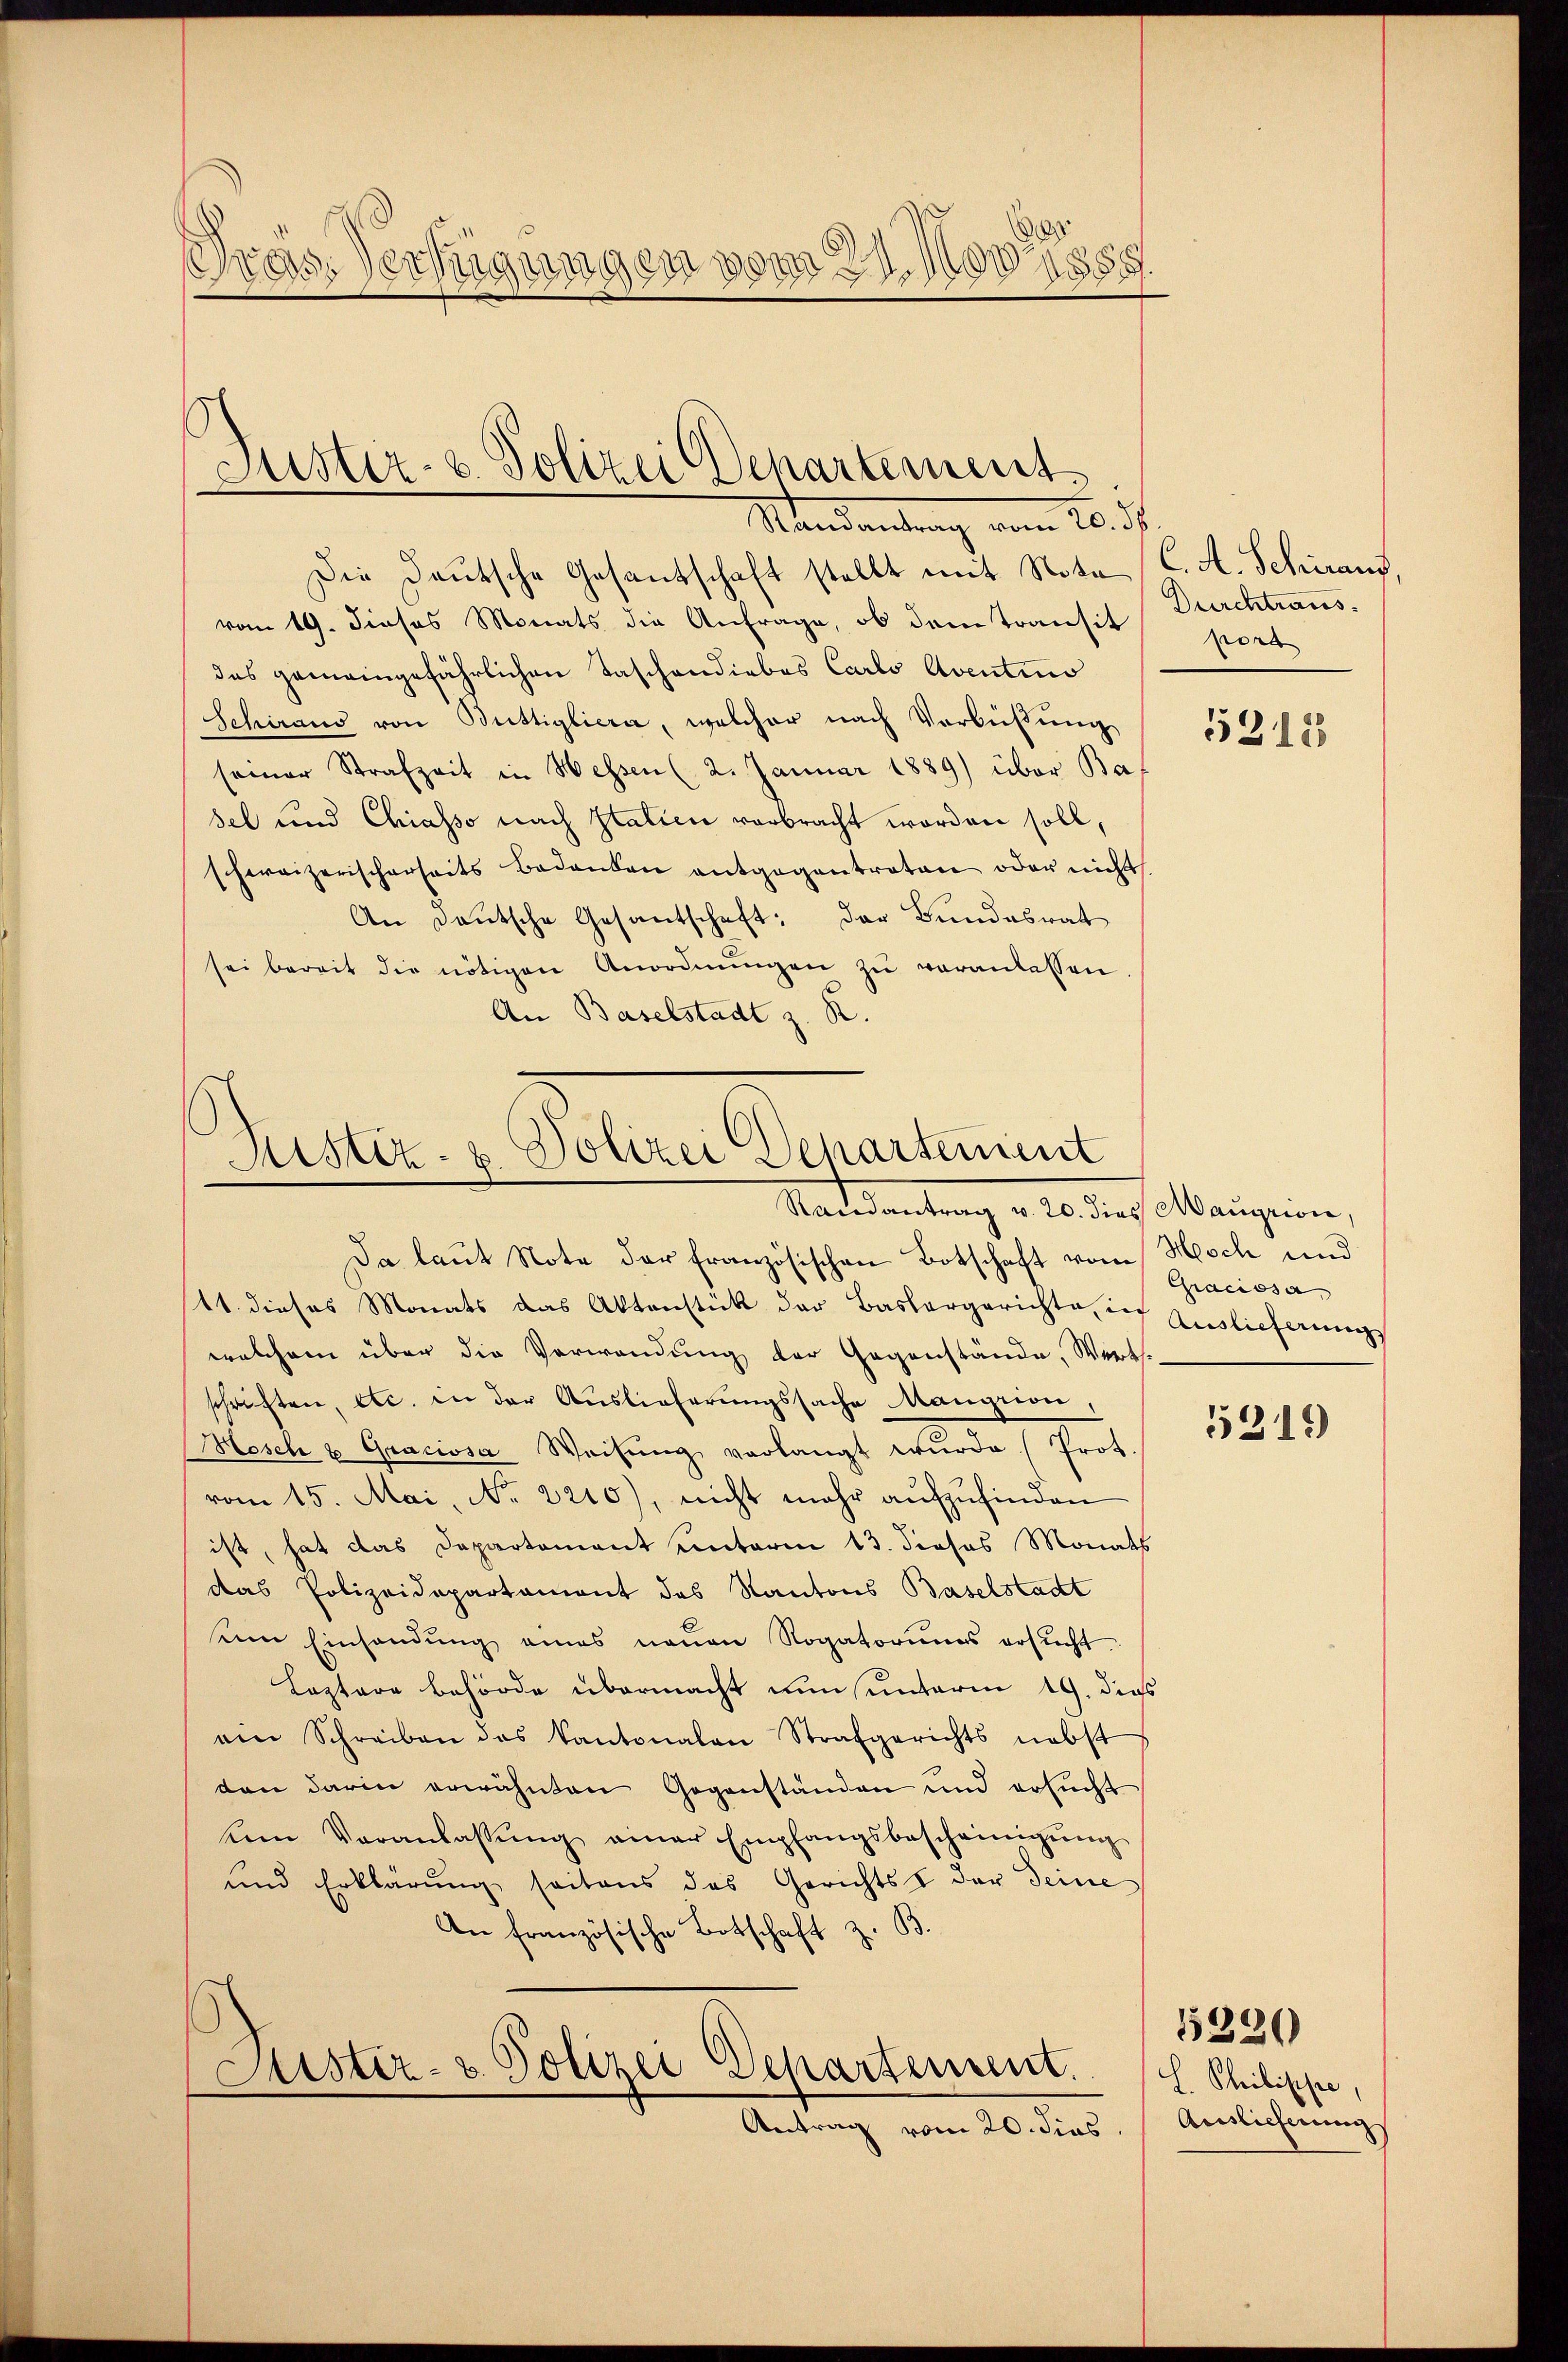
Dras Verfügungen vom 21. Nov. 189

Justiz- u. Polizei Departement
Randantrag vom 20. d.

Die Deutsche Gesantschaft stellt mit Nota C. A. Schiraus
vom 19. dieses Monats die Anfrage, ob dem Transit
das gemeingefährlichen Taschendiebes Carlo Aventino
Schiraud von Büttigliera, welcher nach Verbüßung
seiner Strafzeit in Hessen (2. Januar 1889) über Bas
sel und Chiasso nach Italien verbracht worden soll,
schweizerischerseits bedanken entgegentreten oder nichts.
An Deutsche Gesantschaft; der Bundesrat
sei bereit die nötigen Anordnŭngen zu veranlassen
An Baselstadt z. R.

Mistiz- u. Polizei Departement
Randesantrag v. 20 des Magion,
Da laut Note der französischen Botschaft vom Hoch und

11. dieses Monats das Aktenstück der Baslergerichte, in Auslieferung.
welchem über die Verwendung der Gegenstände, Wert
schriften, etc. in der Auslieferungssache Mangrion,
osch u. Graciosa Weisŭng verlangt wŭrde (Prot.
vom 15. Mai, No. 2210), nicht mehr aŭfzŭfinden
ist, hat das Departement unterm 13. Josos Monats
das Polizeidepartament des Kantons Baselstadt
ŭm Einsandŭng eines neŭen Rogatoriums ersŭcht.
Laptare Behörde übermacht nun unterm 19. dies
ain Schreiben das Kantonalen Strafgerichts nebst
den darin erwähnten Gegenständen und ersucht
kein Veranlassŭng einer Empfangsbescheinigŭng
und Erklärŭng seitens das Gerichts der Seine
An französische Botschaft z. B.

Justiz- & Polizei Departement.

Antrag vom 20. dies

Durchtraus.
port

5218

Graciosa,

5319

L. Philippe,
Auslieferung

1330